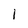
Character: 1